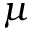
\mu